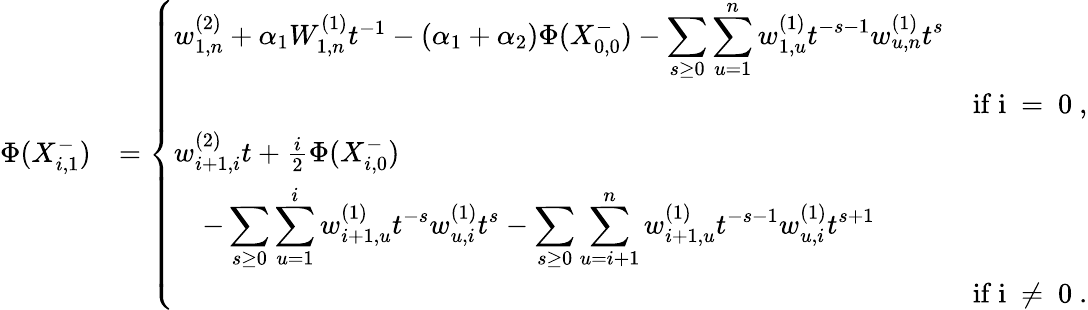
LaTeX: \begin{array}{rl}{\Phi(X_{i,1}^{-})}&{=\left\{ \begin{array}{ll}{w_{1,n}^{(2)}+\alpha_{1}W_{1,n}^{(1)}t^{-1}-(\alpha_{1}+\alpha_{2})\Phi(X_{0,0}^{-})-\displaystyle\sum_{s\geq 0}\displaystyle\sum_{u=1}^{n}w_{1,u}^{(1)}t^{-s-1}w_{u,n}^{(1)}t^{s}}\\ {\qquad\qquad\qquad\qquad\qquad\qquad\qquad\qquad\qquad\qquad\qquad\qquad\qquad\qquad\mathrm{~if~i~=~0~},}\\ {w_{i+1,i}^{(2)}t+\frac{i}{2}\Phi(X_{i,0}^{-})}\\ {\quad-\displaystyle\sum_{s\geq 0}\displaystyle\sum_{u=1}^{i}w_{i+1,u}^{(1)}t^{-s}w_{u,i}^{(1)}t^{s}-\displaystyle\sum_{s\geq 0}\displaystyle\sum_{u=i+1}^{n}w_{i+1,u}^{(1)}t^{-s-1}w_{u,i}^{(1)}t^{s+1}}\\ {\qquad\qquad\qquad\qquad\qquad\qquad\qquad\qquad\qquad\qquad\qquad\qquad\qquad\qquad\mathrm{~if~i~\neq~0~}.}\end{array}\right.}\end{array}